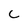
Character: C